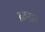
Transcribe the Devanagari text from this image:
क्रस्ना